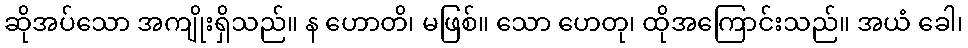
ဆိုအပ်သော အကျိုးရှိသည်။ န ဟောတိ၊ မဖြစ်။ သော ဟေတု၊ ထိုအကြောင်းသည်။ အယံ ခေါ၊